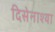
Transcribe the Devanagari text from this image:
दिसेनाश्या